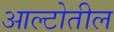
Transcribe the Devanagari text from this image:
आल्टोतील